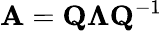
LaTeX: \mathbf{A}=\mathbf{Q}\mathbf{\Lambda}\mathbf{Q}^{-1}